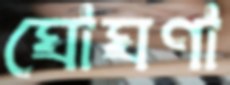
ঘোঘণা